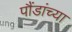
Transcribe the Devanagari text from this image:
पौंडांच्या